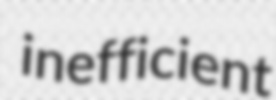
inefficient